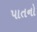
પાતનો